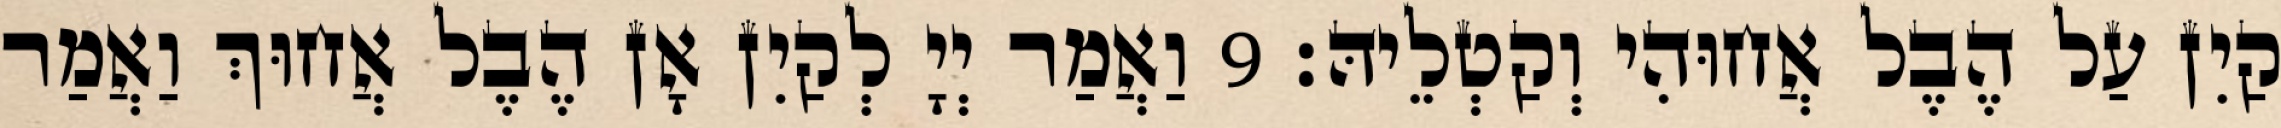
קַיִן עַל הֶבֶל אֲחוּהִי וְקַטְלֵיהּ׃ 9 וַאֲמַר יְיָ לְקַיִן אָן הֶבֶל אֲחוּךְ וַאֲמַר